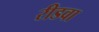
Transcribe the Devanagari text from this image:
रीडवा